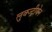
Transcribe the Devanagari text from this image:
लुक्ज्ट्रीयेन